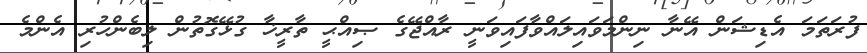
ފުރަތަމަ އެޑިޝަން އޭނާ ނިންމަވައިލައްވާފައިވަނީ ރާއްޖޭގެ ޞިއްޙީ ތާރީޚާ ގުޅޭގޮތުން ލިބެންހުރި އެންމެ